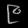
Digit: ၉